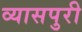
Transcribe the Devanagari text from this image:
व्यासपुरी